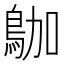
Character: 𪀁